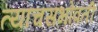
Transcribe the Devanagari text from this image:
त्याचसभोवती